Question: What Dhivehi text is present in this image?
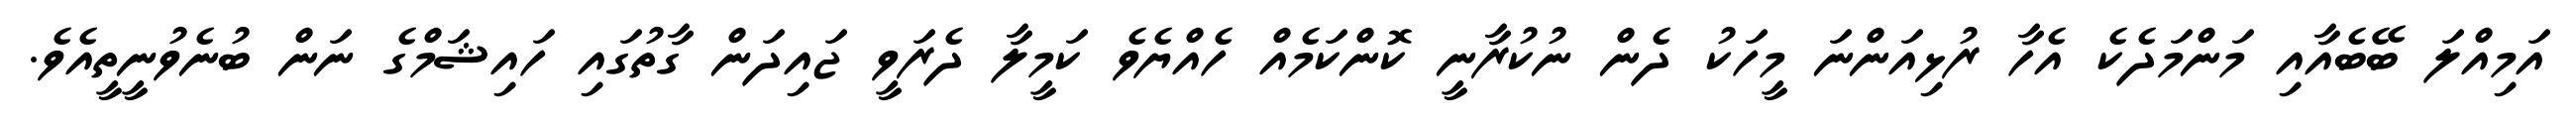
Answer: އަމިއްލަ ބޭބެއާއި މަންމަދެކެ އެހާ ރުޅިއަންނަ މީހަކު ދެން ނުކުރާނީ ކޮންކަމެއް ހެއްޔެވެ ކަމީލާ ދެރަވީ ޖައިދަން ގާތުގައި ހައިޝަމްގެ ނަން ބުނެވުނީތީއެވެ.